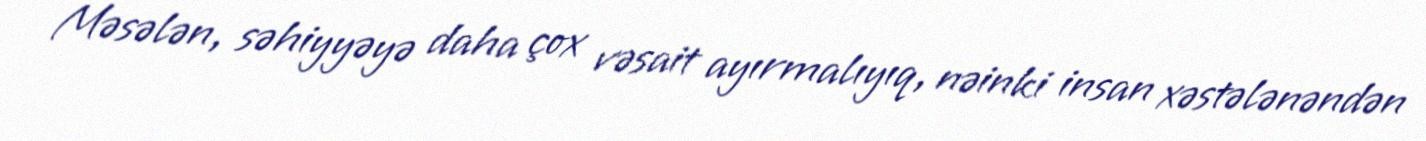
Məsələn, səhiyyəyə daha çox vəsait ayırmalıyıq, nəinki insan xəstələnəndən